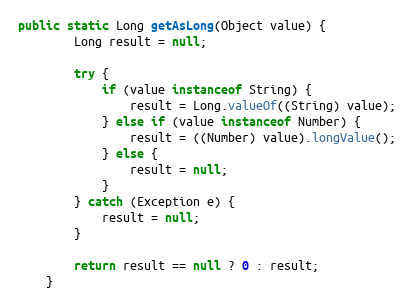
Language: Java
public static Long getAsLong(Object value) {
		Long result = null;

		try {
			if (value instanceof String) {
				result = Long.valueOf((String) value);
			} else if (value instanceof Number) {
				result = ((Number) value).longValue();
			} else {
				result = null;
			}
		} catch (Exception e) {
			result = null;
		}

		return result == null ? 0 : result;
	}